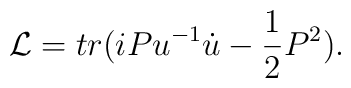
{\cal L} = tr(iPu^{-1}\dot{u}-\frac{1}{2}P^{2}).